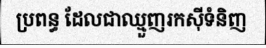
ប្រពន្ធ ដែលជាឈ្មួញរកស៊ីទំនិញ